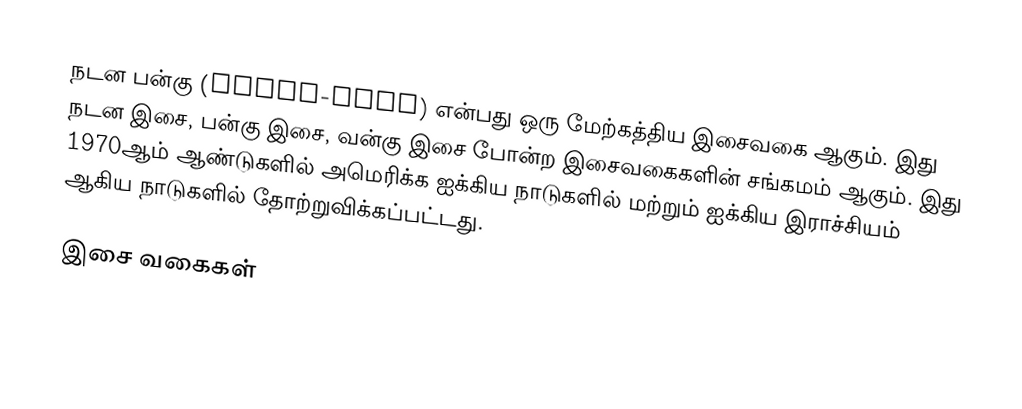
நடன பன்கு (dance-punk) என்பது ஒரு மேற்கத்திய இசைவகை ஆகும். இது நடன இசை, பன்கு இசை, வன்கு இசை போன்ற இசைவகைகளின் சங்கமம் ஆகும். இது 1970ஆம் ஆண்டுகளில் அமெரிக்க ஐக்கிய நாடுகளில் மற்றும் ஐக்கிய இராச்சியம் ஆகிய நாடுகளில் தோற்றுவிக்கப்பட்டது.

இசை வகைகள்